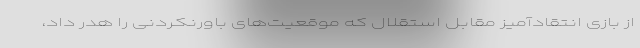
از بازی انتقادآمیز مقابل استقلال که موقعیت‌های باورنکردنی را هدر داد،